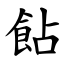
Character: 䬯